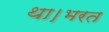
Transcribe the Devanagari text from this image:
था।भरत